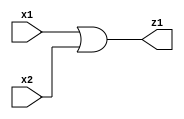
module example_and2 (x1, x2, z1);

input x1, x2;
output z1;

wire x1, x2;
wire z1;

assign z1 = x1 | x2;

endmodule